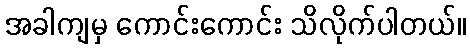
အခါကျမှ ကောင်းကောင်း သိလိုက်ပါတယ်။